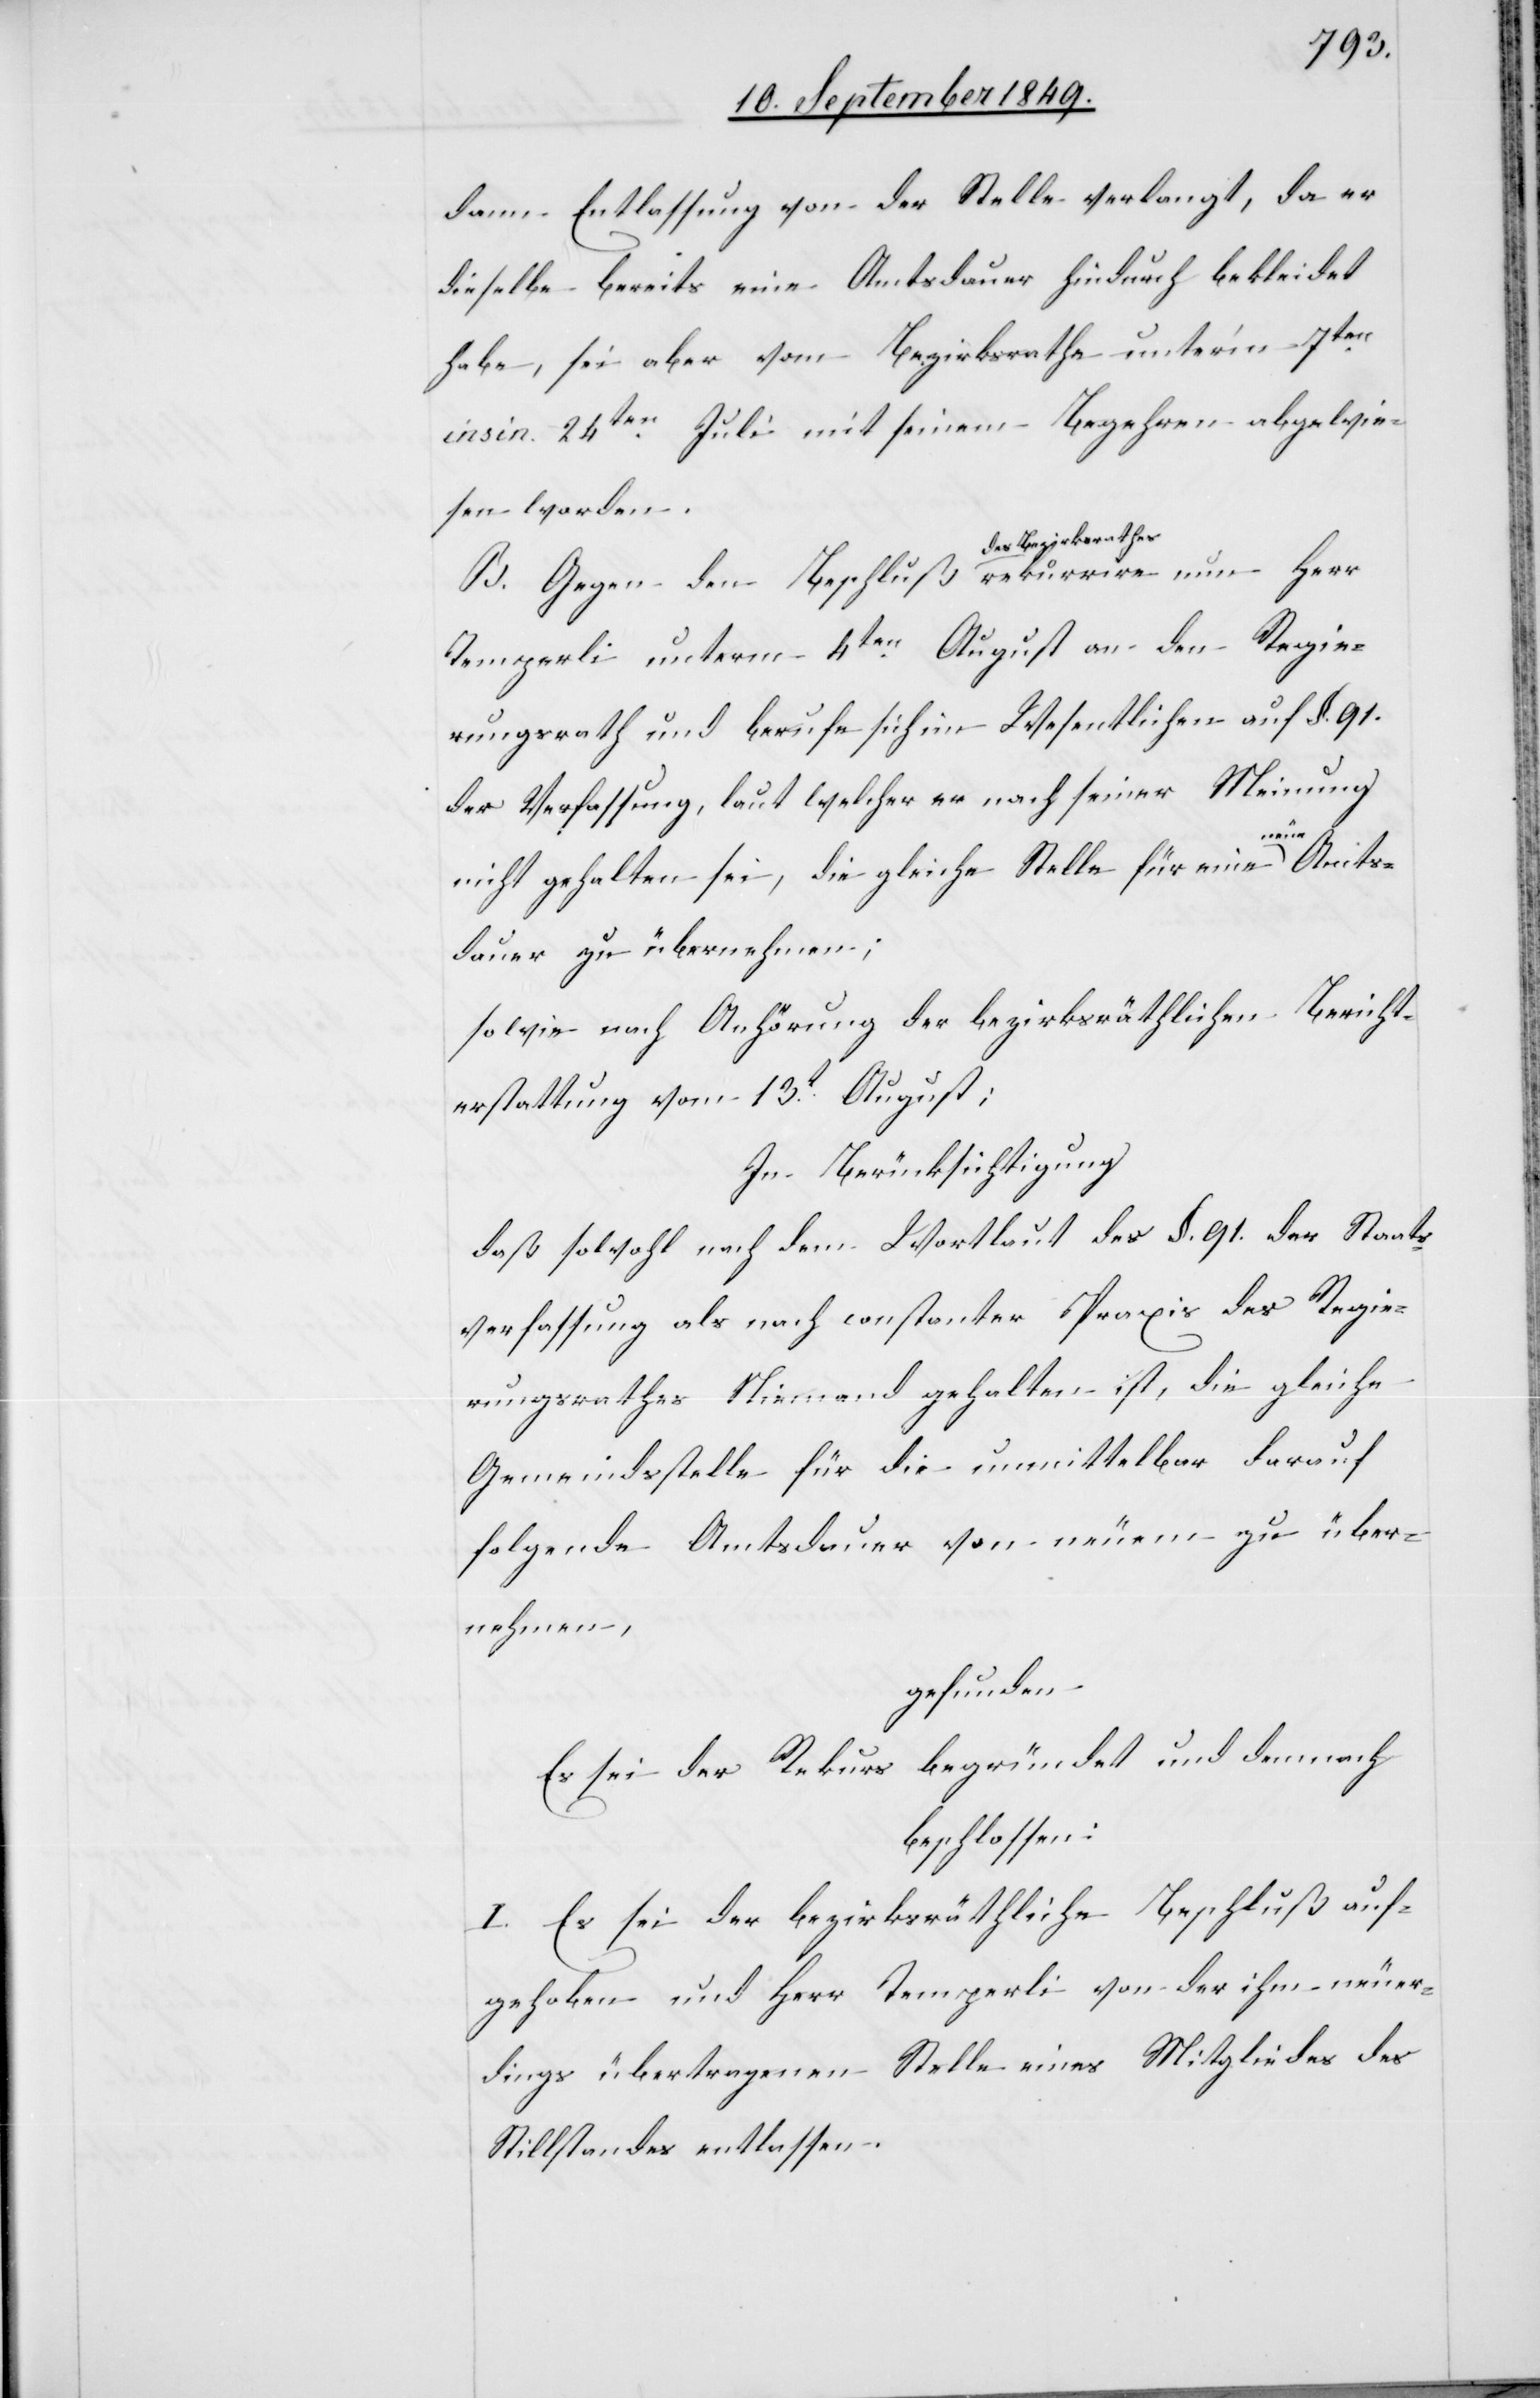
dann Entlassung von der Stelle verlangt, da er
dieselbe bereits eine Amtsdauer hindurch bekleidet
habe, sei aber vom Bezirksrathe unter’m 7ten
insin 24ten Juli mit seinem Begehren abgewie¬
sen worden.
B. Gegen den Beschluß des Bezirksrathes
Temperli unterm 4ten August an den Regie¬
rungsrath und berufe sich im Wesentlichen auf §. 91.
der Verfassung, laut welcher er nach seiner Meinung
ue-a Amts¬
nicht gehalten sei, die gleiche Stelle für eine a-ne¬
dauer zu übernehmen;
sowie nach Anhörung der bezirksräthlichen Bericht¬
erstattung vom 13t August;
In Berücksichtigung
daß sowohl nach dem Wortlaut des §. 91. der Staats¬
verfassung als nach constanter Praxis des Regie¬
rungsrathes Niemand gehalten ist, die gleiche
Gemeindsstelle für die unmittelbar darauf
folgende Amtsdauer von neuem zu über¬
nehmen,
gefunden
Es sei der Rekurs begründet und demnach
beschlossen:
I. Es sei der bezirksräthliche Beschluß auf¬
gehoben und Herr Temperli von der ihm neuer¬
dings übertragenen Stelle eines Mitgliedes des
Stillstandes entlassen.